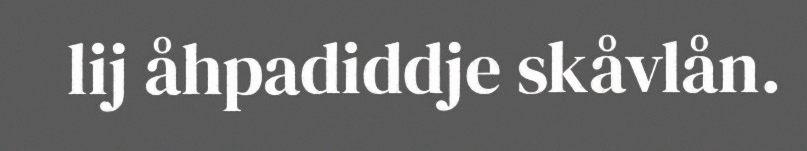
lij åhpadiddje skåvlån.